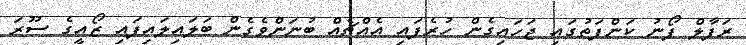
ރަފާލް ފޯނު ކަންފަތުގައި ޖަހައިގެން ހުރެފައި އެއްޗެއް ބުނަންވެގެން ބަލައިލައިފައި ޒޯއީގެ ސޫރަ